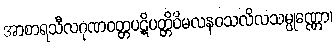
အာစာရသီလဂုဏဝတ္တပဋိပတ္တိဝိမလနဝသလိလသမ္ပုဏ္ဏော၊